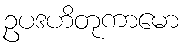
ဥပဒဟိတုကာမော